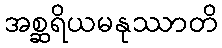
အစ္ဆရိယမနုဿာတိ